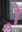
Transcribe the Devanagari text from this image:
र्‍ाे